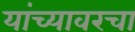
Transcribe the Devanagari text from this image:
यांच्यावरचा